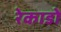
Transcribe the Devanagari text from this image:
रेकाडो